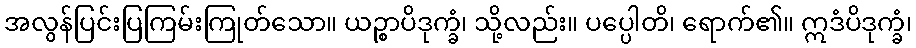
အလွန်ပြင်းပြကြမ်းကြုတ်သော။ ယဉ္စာပိဒုက္ခံ၊ သို့လည်း။ ပပ္ပေါတိ၊ ရောက်၏။ ဣဒံပိဒုက္ခံ၊